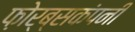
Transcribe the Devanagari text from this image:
फ़ोर्ब्सकंपनी